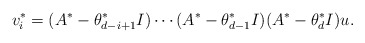
\begin{align*}v^*_i = (A^*-\theta^*_{d-i+1}I) \cdots (A^*-\theta^*_{d-1}I)(A^*-\theta^*_{d}I)u.\end{align*}